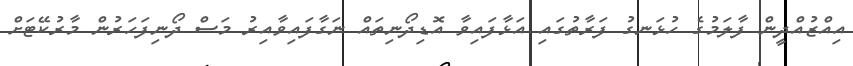
އިއްޒުއްދީން ފާލަމުގެ ހުޅަނގު ފަރާތުގައި އަޅާފައިވާ އޮޑިދޯނިތައް ނަގާފައިވާއިރު މަސް ދޯނިފަހަރުން މާރުކޭޓަށް